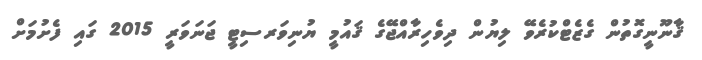
ޤާނޫނީގޮތުން ގެޒެޓްކުރެވޭ ލިޔުން ދިވެހިރާއްޖޭގެ ޤައުމީ ޔުނިވަރސިޓީ ޖަނަވަރީ 2015 ގައި ފެށުމަށް